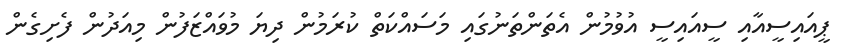
ޕީއައިސީއާއި ސީއައިސީ އުވުމުން އެތަންތަނުގައި މަސައްކަތް ކުރަމުން ދިޔަ މުވައްޒަފުން މިއަދުން ފެށިގެން